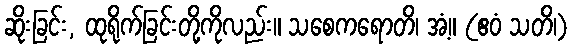
ဆိုးခြင်း, ထုရိုက်ခြင်းတို့ကိုလည်း။ သစေကရောတိ၊ အံ့။ (ဧဝံ သတိ၊)